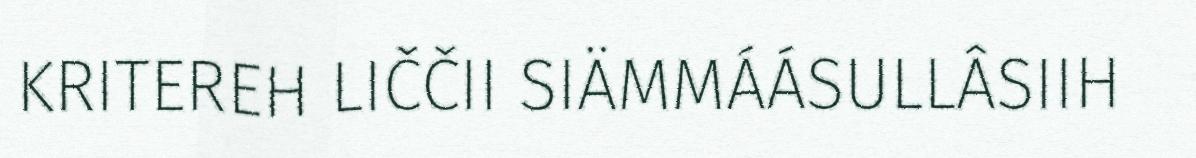
KRITEREH LIČČII SIÄMMÁÁSULLÂSIIH